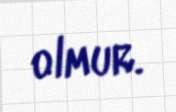
olmur.